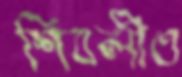
শিবলীও